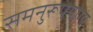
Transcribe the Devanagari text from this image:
समनुरूपयोग्य